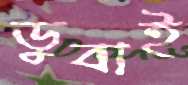
ডুবাই